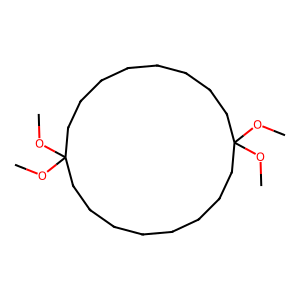
SMILES: COC1(OC)CCCCCCCCC(OC)(OC)CCCCCCCC1
Inhibits HIV replication: No